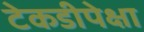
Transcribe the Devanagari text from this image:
टेकडीपेक्षा